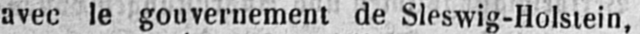
avec le gouvernement de Sleswig-Holstein,